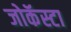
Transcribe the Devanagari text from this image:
जोकॅस्टा